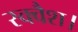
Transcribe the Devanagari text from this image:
स्क्वैश।